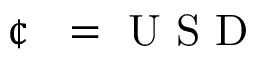
\mathrm { ~ \textit ~ { ~ \textcent ~ } ~ } = \mathrm { ~ U ~ S ~ D ~ }